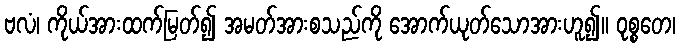
ဗလံ၊ ကိုယ်အားထက်မြတ်၍ အမတ်အားစသည်ကို အောက်ယုတ်သောအားဟူ၍။ ဝုစ္စတေ၊